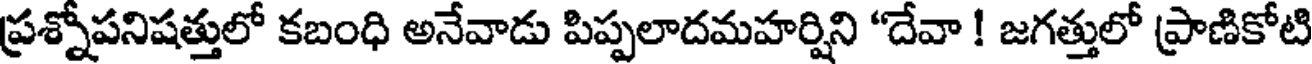
ప్రశ్నోపనిషత్తులో కబంధి అనేవాడు పిప్పలాదమహర్షిని "దేవా ! జగత్తులో ప్రాణికోటి